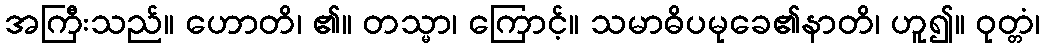
အကြီးသည်။ ဟောတိ၊ ၏။ တသ္မာ၊ ကြောင့်။ သမာဓိပမုခေ၏နာတိ၊ ဟူ၍။ ဝုတ္တံ၊